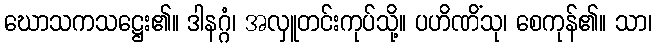
ဃောသကသဋ္ဌေး၏။ ဒါနဂ္ဂံ၊ အလှူတင်းကုပ်သို့။ ပဟိဏိံသု၊ စေကုန်၏။ သာ၊